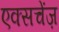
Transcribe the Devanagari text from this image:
एक्सचेंज़